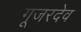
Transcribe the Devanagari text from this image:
गूजरदेव